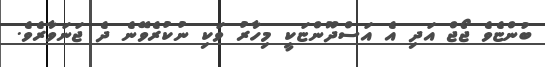
ބުންޏެވެ ޖޯޖް އަދި އެ އަސްދޫންޏަކީ މިހާރު ވަކި ނުކުރެވޭނެ ދެ ޖަނަވާރެވެ.